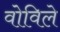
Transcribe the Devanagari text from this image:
वोविले